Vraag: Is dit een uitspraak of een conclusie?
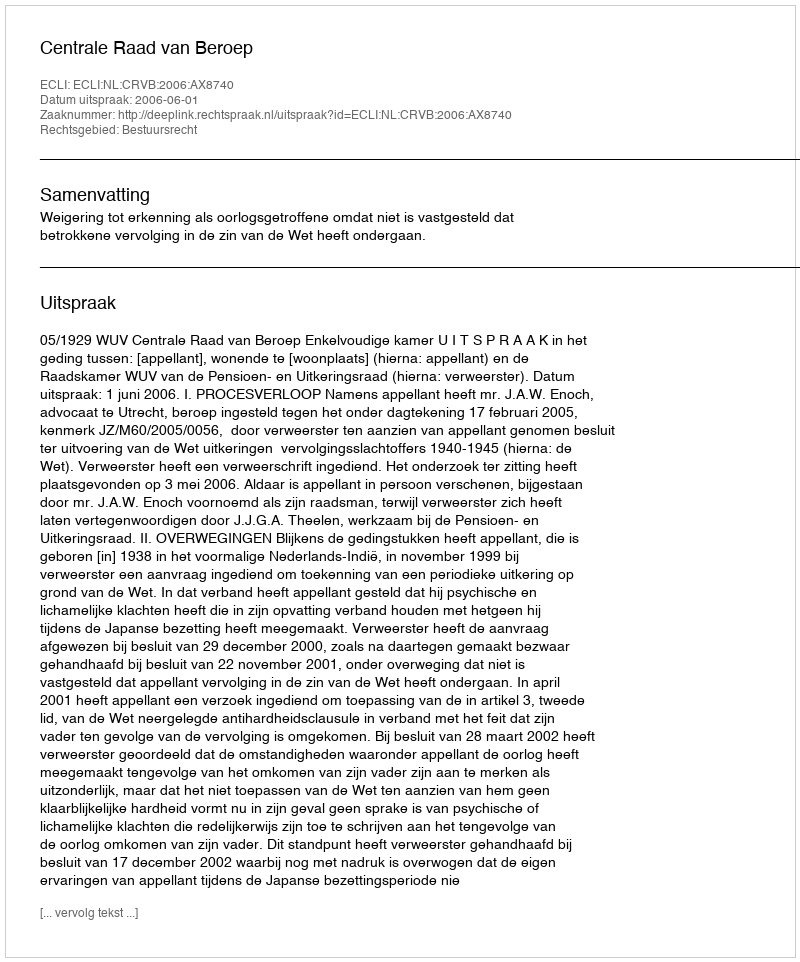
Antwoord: Uitspraak